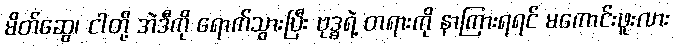
မိတ်ဆွေ၊ ငါတို့ အဲဒီကို ရောက်သွားပြီး ဗုဒ္ဓရဲ့ တရားကို နာကြားရရင် မကောင်းဖူးလား